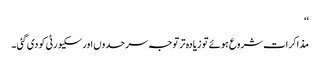
‘‘
مذاکرات شروع ہوئے تو زیادہ تر توجہ سرحدوں اور سکیورٹی کو دی گئی ۔